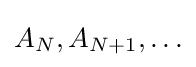
A_{N},A_{N+1},\ldots